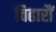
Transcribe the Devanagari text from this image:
विहारौं